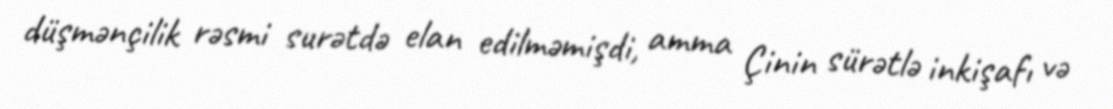
düşmənçilik rəsmi surətdə elan edilməmişdi, amma Çinin sürətlə inkişafı və